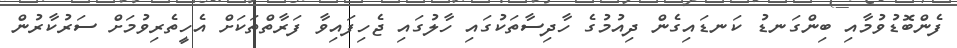
ފެންބޮޑުވުމާއި ބިންގަނޑު ކަނޑައިގެން ދިއުމުގެ ހާދިސާތަކުގައި ހާލުގައި ޖެހިފައިވާ ފަރާތްތަކަށް އެހީތެރިވުމަށް ސަރުކާރުން